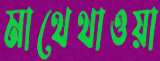
মাথেথাওয়া